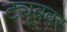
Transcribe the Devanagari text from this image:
ट्यूबवर